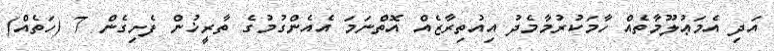
އަދި އެމަޢުލޫމާތެއް ހާމަކުރުމާމެދު އިއުތިރާޒެއް އޮތްނަމަ އެއެންގުމުގެ ތާރީޚުން ފެށިގެން 7 (ހަތެއް)